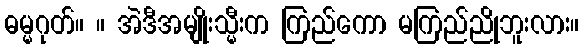
ဓမ္မဂုတ်။ ။ အဲဒီအမျိုးသ္မီးက ကြည်ကော မကြည်ညိုဘူးလား။